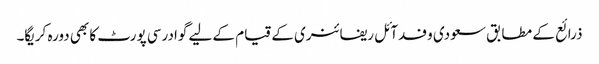
ذرائع کے مطابق سعودی وفدآئل ریفائنری کے قیام کے لیے گوادرسی پورٹ کا بھی دورہ کریگا۔